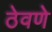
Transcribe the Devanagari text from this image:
ठेवणेे